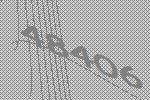
48406